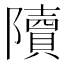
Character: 𨽍